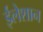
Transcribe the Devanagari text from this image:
ईलेशान